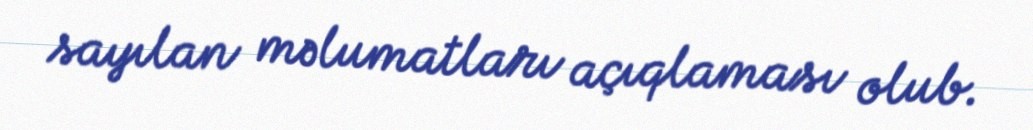
sayılan məlumatları açıqlaması olub.